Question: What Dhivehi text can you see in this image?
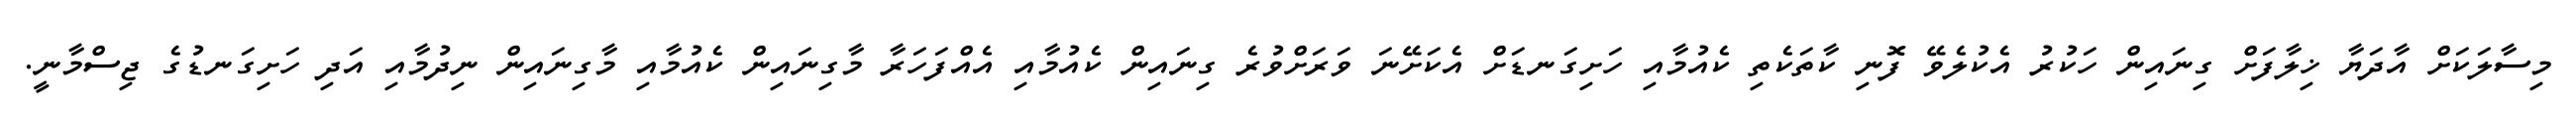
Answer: މިސާލަކަށް އާދަޔާ ޚިލާފަށް ގިނައިން ހަކުރު އެކުލެވޭ ފޮނި ކާތަކެތި ކެއުމާއި ހަށިގަނޑަށް އެކަށޭނަ ވަރަށްވުރެ ގިނައިން ކެއުމާއި އެއްފަހަރާ މާގިނައިން ކެއުމާއި މާގިނައިން ނިދުމާއި އަދި ހަށިގަނޑުގެ ޖިސްމާނީ.